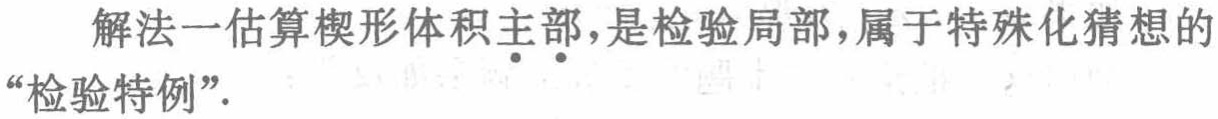
解法一估算楔形体积主部，是检验局部，属于特殊化猜想的“检验特例”.